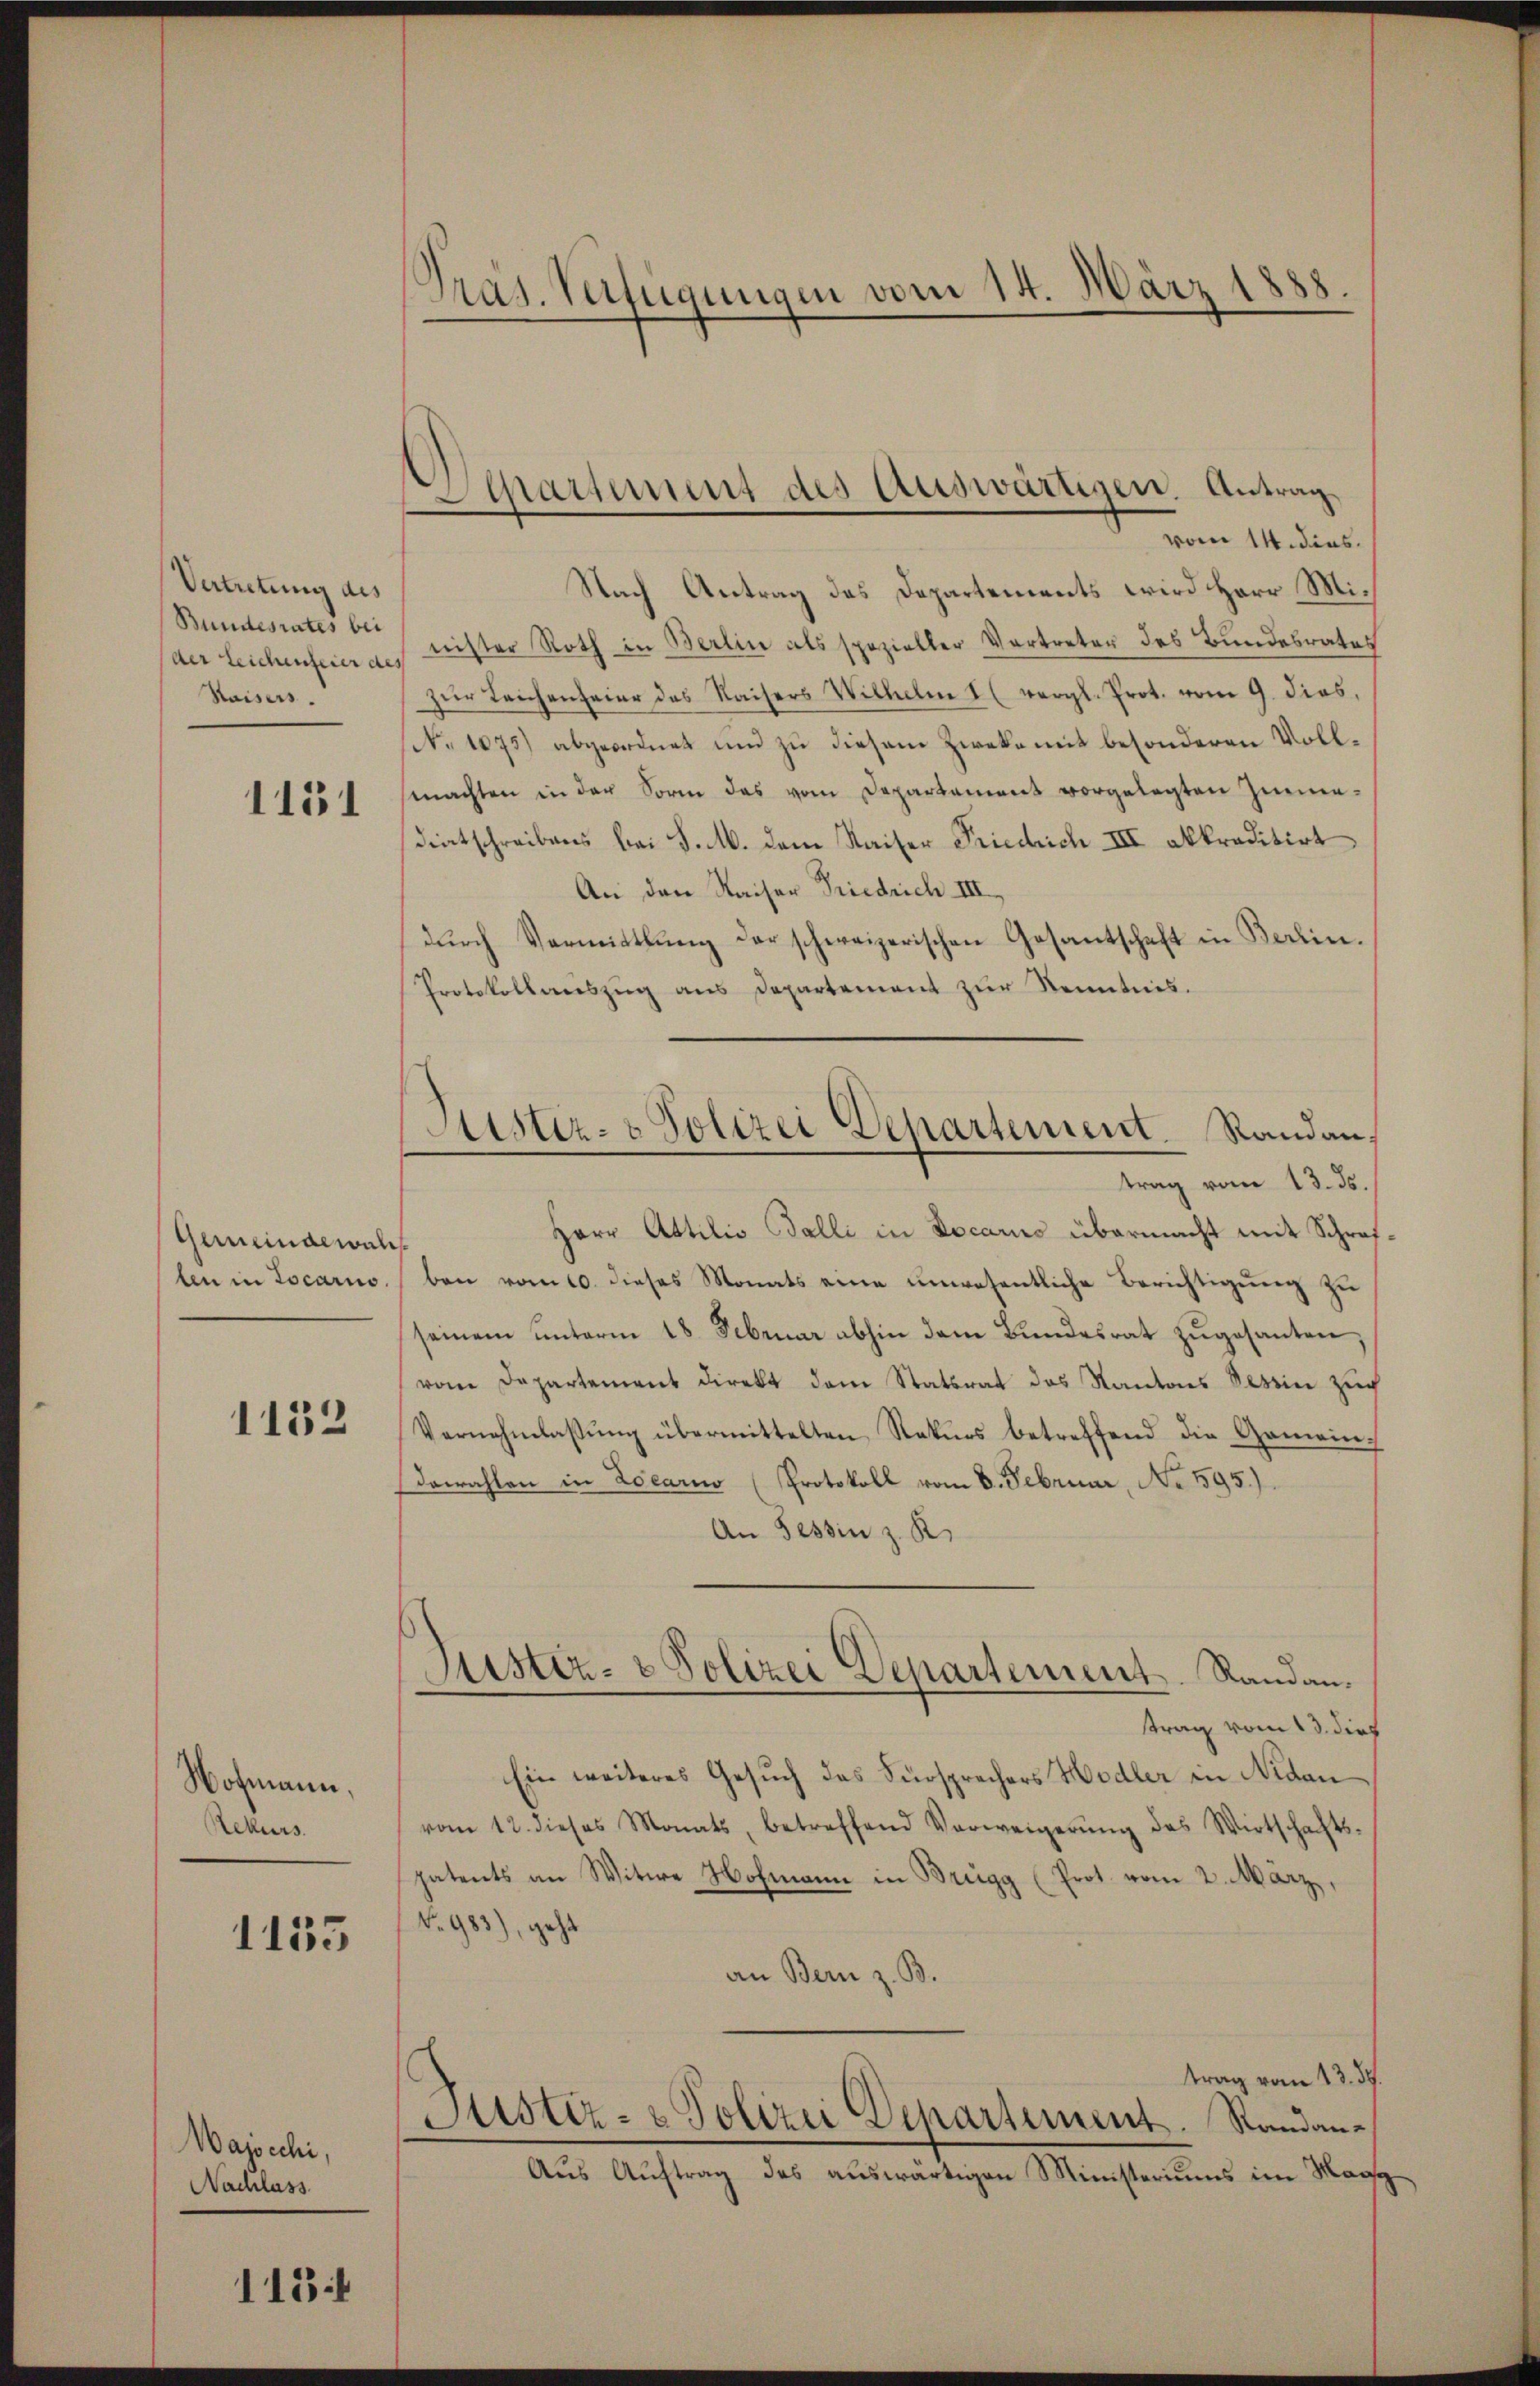
Vertretung des
Bundesrates bei
Waisers.

1151

Gemeindewal
len in Locarno.

1132

Wohmann.
Rekurs.

1135

Majscchi,
Nachlass

1184

Präs. Verfügungen vom 14. März 1888.

)
Schatent des Auswärtigen. Antrag
vom 14. dies

Nach Antrag des Departements wird Herr Mider Leichenfeier a. reister Roth in Berlin als spezieller Vertreter des Bundesrates
zŭr Leichenfeier des Kaisers Wilhelm (vergl. Prot. vom 9. dies,
(N. 1075) abgeordnet und zu diesem Zwecke mit besonderen Vollmachten in der Sorm das vom Departament vorgelegten Zimedintschreibens bei S. M. dem Kaiser Friedrich III akkreditirt
An den Kaiser Friedrich III.
dŭrch Vermittlung der schweizerischen Gesantschaft in Berlin.
Protokollanszŭg ans Departement zŭr Kenntnis.
trag vom 13. ds.
Herr Attilio Balli in Docariis übermacht mit Schrifben vom 10. dieses Monats eine unwesentliche Berichtigung zu
seinem unterm 18. Februar abhin dem Bundesrat zugesanten,
vom Departement direkt dem Statsrat des Kantons Tessin zur
Vernehmlassŭng übermittelten Rekŭrs betreffend die Gemein
dawahlen in Locarno (Protokoll vom 8. Februar, No 595.).
An Tessin z. R.
Justiz- & Polizei Departement. Randantrag vom 13. dies
Ein weiteres Gesuch das Fürsprechers Hodler in Nidau
vom 12. dieses Monats, betreffend Verweigerŭng des Wirtschafts-
patents an Witwe Hofmann in Brügg (Prot. vom 2. März,
No 983), geht
an Bern z. B.
trag vom 13. ds.
Justiz- & Polizei Departement. Randan¬
Aus Auftrag des auswärtigen Ministeriums im Magg

Kister- & Polizei Departement. Randan¬